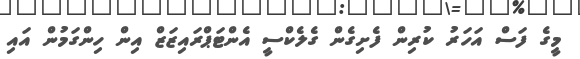
މީގެ ފަސް އަހަރު ކުރިން ފެށިގެން ގެލެކްސީ އެންޓަޕްރައިޒަޒް އިން ހިންގަމުން އައި